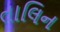
તાલિન